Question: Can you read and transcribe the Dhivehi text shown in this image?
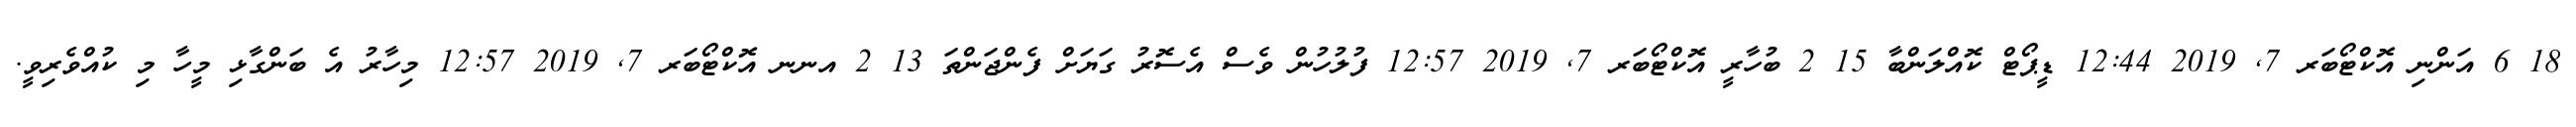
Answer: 18 6 އަންނި އޮކްޓޯބަރ 7, 2019 12:44 ޑީޕޯޓް ކޮއްލަންބާ 15 2 ބުހާރީ އޮކްޓޯބަރ 7, 2019 12:57 ފުލުހުން ވެސް އެސޮރު ގަޔަށް ފެންޖަންތަ 13 2 އނނ އޮކްޓޯބަރ 7, 2019 12:57 މިހާރު އެ ބަންގާޅި މީހާ މި ކުއްވެރިވީ.